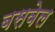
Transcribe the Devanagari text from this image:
बसवेल